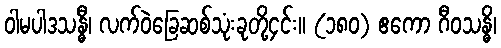
ဝါမပါဒသန္ဓီ၊ လက်ဝဲခြေဆစ်သုံးခုတို့၄င်း။ (၁၈၀) ဧကော ဂီဝသန္ဓိ၊